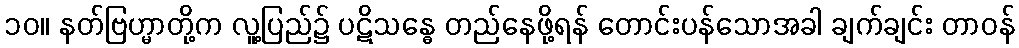
၁၀။ နတ်ဗြဟ္မာတို့က လူ့ပြည်၌ ပဋိသန္ဓေ တည်နေဖို့ရန် တောင်းပန်သောအခါ ချက်ချင်း တာဝန်